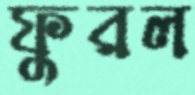
ফুরল